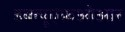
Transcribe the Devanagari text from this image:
डब्ल्यूएफ़ओआर